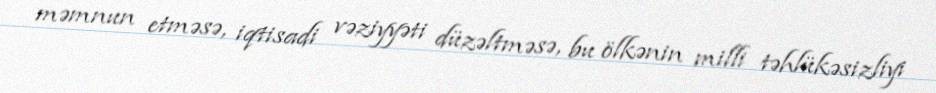
məmnun etməsə, iqtisadi vəziyyəti düzəltməsə, bu ölkənin milli təhlükəsizliyi